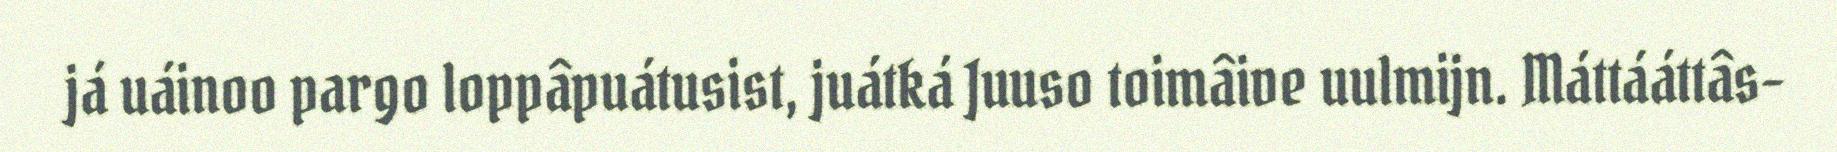
já uáinoo pargo loppâpuátusist, juátká Juuso toimâive uulmijn. Máttááttâs-